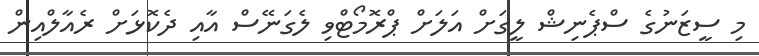
މި ސީޒަނުގެ ސްޕެނިޝް ލީގަށް އަލަށް ޕްރޮމޯޓްވި ލެގަނޭސް އާއި ދެކޮޅަށް ރެއާލްއިން